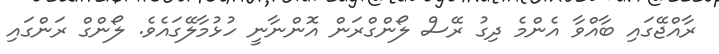
ރާއްޖޭގައި ބާއްވާ އެންމެ ދިގު ރޭސް ލޯންގްރަން އޮންނާނީ ހުޅުމާލޭގައެވެ. ލޯންގް ރަންގައި